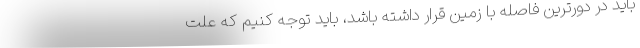
باید در دورترین فاصله با زمین قرار داشته باشد، باید توجه کنیم که علت